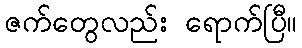
ဇက်တွေလည်း ရောက်ပြီ။